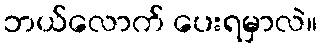
ဘယ်လောက် ပေးရမှာလဲ။